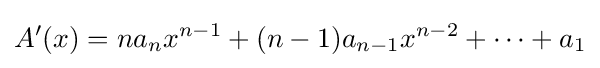
A'(x)=na_{n}x^{n-1}+(n-1)a_{n-1}x^{n-2}+\cdots +a_{1}